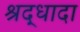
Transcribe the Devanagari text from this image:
श्रद्धादा